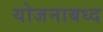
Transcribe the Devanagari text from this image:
योजनाबध्द